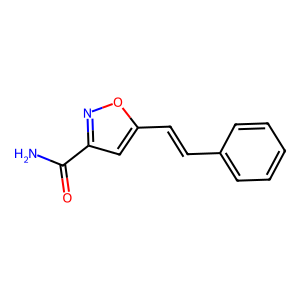
SMILES: NC(=O)c1cc(C=Cc2ccccc2)on1
Inhibits HIV replication: No